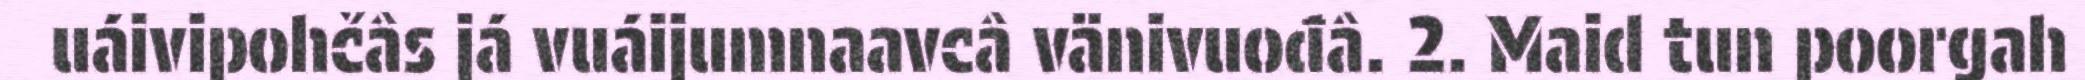
uáivipohčâs já vuáijumnaavcâ vänivuođâ. 2. Maid tun poorgah